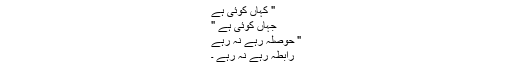
" کہاں کوئی ہے
جہاں کوئی ہے "
" حوصلہ رہے نہ رہے
رابطہ رہے نہ رہے ۔